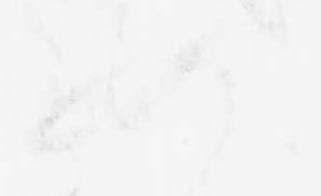
如